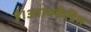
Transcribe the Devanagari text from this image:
है।आत्मकैद्रित